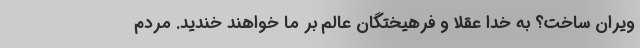
ویران ساخت؟ به خدا عقلا و فرهیختگان عالم بر ما خواهند خندید. مردم